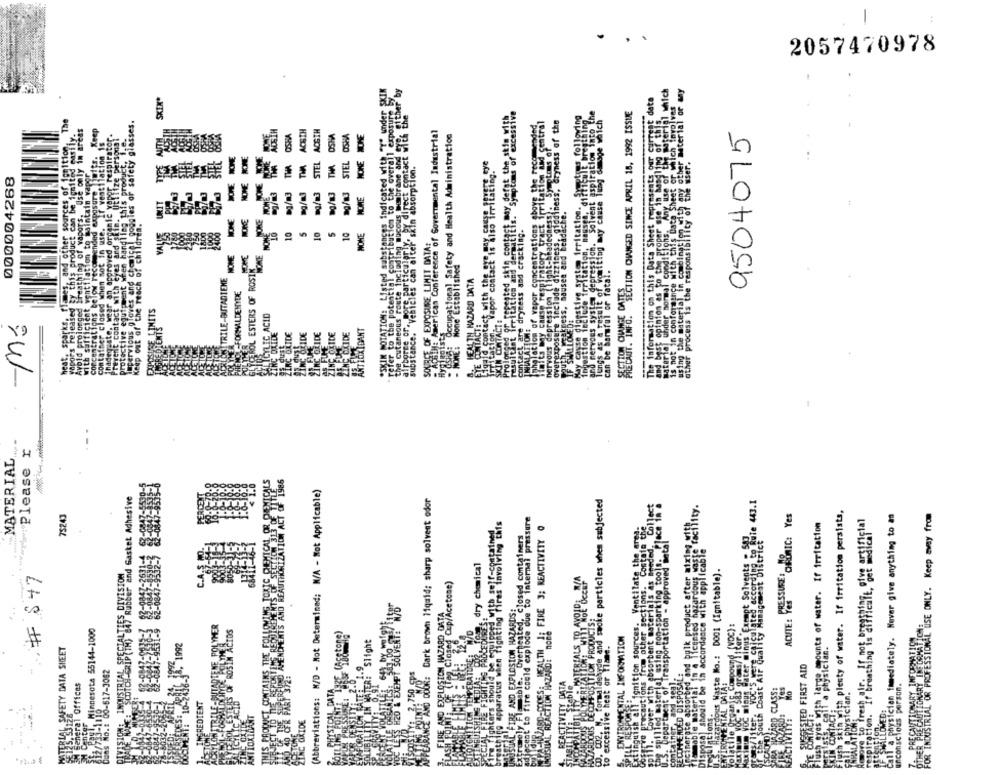
2057470978
*SKIN POTATION: Listed substances indicated with "Y" under SKIN
re, particularly, by direct contact Mies cher by
SKEN*
data
I exposure
a gr repeated skin contact My deste for excessive
ingestion Tečluce irritation, hausen, "di? ? tips following
and nervous syste depression. Solvent aspiration into the
PREBAUT. "INFO. "SECTION CHANGED SINCE APRIL 15, 1992 ISSUE
The
safety glasses.
overexposure include dizziness, giddiness, dryness of the
Freule breathing
Miting may cause Tung damage which
Keep
ACBTH
ACGTH
AcallE American Conference of Governmental Industrial
9504075
OSH
OSHA
OSHA
Occupational Safety and Health Administration
the Cutaneous route The dispute to the overall
ding mucous membrane and
STEL
THA
STEL
HOME
in absorption.
000004268
JONE
nervous depression (light-headedness . Sy
NOME
ITEn.
IF SturrockBess. sausen and beadache.
JOKE
ation of vapor concentrations
NOME
10
5
10
5
10
NONE
contact are dryness and cracking.
substance. Vehicles can after"
SOURCE OF EXPOSURE LIMIT DATA:
NOKE
OL ESTERS OF ROSIK
refer to the potential con
- MORE: Mone Established
bast opinion as to th
can be harmful or fatal.
ITRILE-BUTADIENE
HEALTH, HAZARD DATA
lungs as a result of V
FORMALDEHYDE
HITS
YLIC ACID
CONTACT :
-Mó
airborne or.
Hygi poists_
MIACT:
LIDE
LIDE
LIDE
IDE
IDE
XIDANT
Prolong
Please r
MATERIAL
1986
(Abbreviations: N/D - Mot Determined; N/A - Not Applicable)
MAESCOTCH-GRIP(TH) 847 Rubber and Gasket Adhesive
Dark brown liquid; sharp solvent odor
arde and smoke particles when subjected
Collect
Tal asing mon-sparking tools. Place in
th skim with plenty of water. If irritation persists,
FOR INDUSTRIAL OR PROFESSIONAL USE ONLY. Keep away from
75243
ot to fire could explode due to internal pressure
Call a physician immediately. Never give anything to an
Elag Fires involving tifs
HLASR-CODESA HEALTH JE FIRE 3; REACTIVITY 0
Contoto the
ush gres with large amounts of water. If irritation
tely Flamable. Overheated, closed containers
wigug Gater minus Exempt Solvents - 583
ignition sources. Ventilate the an
r Quality Management District
accordance with applicable
spill. Cover with absorbent materials as chede
Pproved
ents :
dry chemical
dous Waste Mo .: 0001 (Igmitable).
" # $47
Teg. Closed Cup/Acetone)
five precautions from other sections.
LOSION HAZARD DATA
IL FIRE AND EXPLOSION HAZARDS:
ACUTE:
Minnesota 55144-1000
EvaPis Compound, (VDC) :
OTHER PRECAUTIONARY INECAMATICH
BONRENTAL INFORMATION
CAUTIONARY INFORMATION
light
Coast AIF duStl
EL SAFETY DATA SHEET
1992
excessive heat or Viane.
1 a physician.
583 gr B
CHEFESTED FIRST AID
0.1 00-617-3082
Should be 1
IROTHENTAL DATA:
unconscious person.
eral Offices
fighters shou
forma la
Extinguish all
CONTACTE
SINE GRIDE
ations.
ALAT POKE
ter
PILL RES
ENV